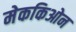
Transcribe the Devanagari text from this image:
मेककिओन